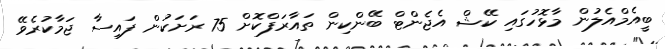
ބީއެމްއެލުން މާޅޮހުގައި ކޭޝް އެޖެންޓް ބޭންކިން ތައާރަފްކޮށް 75 ރަށަކުން ފައިސާ ޖަމާކުރެވޭ